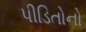
પીડિતોનો